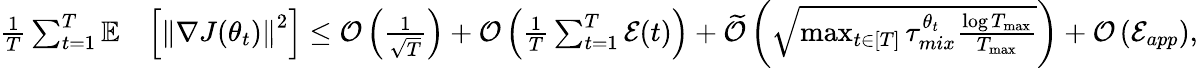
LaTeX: \begin{array}{rl}{\frac{1}{T}\sum_{t=1}^{T}\mathbb{E}}&{\left[\left\lVert\nabla J(\theta_{t})\right\rVert^{2}\right]\leq\mathcal{O}\left(\frac{1}{\sqrt{T}}\right)+\mathcal{O}\left(\frac{1}{T}\sum_{t=1}^{T}\mathcal{E}(t)\right)+\widetilde{\mathcal{O}}\left(\sqrt{\operatorname*{max}_{t\in[T]}\tau_{mix}^{\theta_{t}}\frac{\log T_{\operatorname*{max}}}{T_{\operatorname*{max}}}}\right)+\mathcal{O}\left(\mathcal{E}_{app}\right),}\end{array}